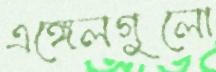
এঙ্গেলগুলো